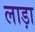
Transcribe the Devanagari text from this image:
लाड़ा